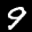
Label: 9